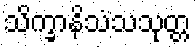
သိက္ခာနိသံသသုတ္တ